Annual report of the Punjab Veterinary College and of the Civil Veterinary Department, Punjab - 1894-1908
Year: 1894
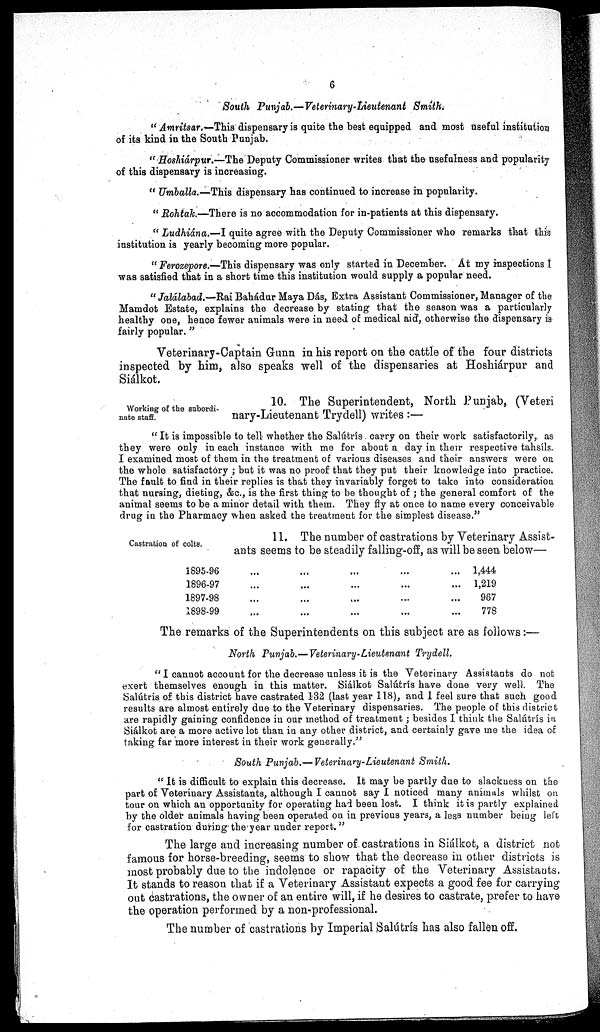
6
South Punjab.—Veterinary-Lieutenant Smith.
" Amritsar.—This dispensary is quite the best equipped and most useful institution
of its kind in the South Punjab.
" Hoshiárpur.—The Deputy Commissioner writes that the usefulness and popularity
of this dispensary is increasing.
" Umballa.—This dispensary has continued to increase in popularity.
" Rohtak.—There is no accommodation for in-patients at this dispensary.
" Ludhiána.—I quite agree with the Deputy Commissioner who remarks that this
institution is yearly becoming more popular.
"Ferozepore.—This dispensary was only started in December. At my inspections
was satisfied that in a short time this institution would supply a popular need.
"Jalálabad.—Rai Bahádur Maya Dás, Extra Assistant Commissioner, Manager of the
Mamdot Estate, explains the decrease by stating that the season was a particularly
healthy one, hence fewer animals were in need of medical aid, otherwise the dispensary is
fairly popular."
Veterinary-Captain Gunn in his report on the cattle of the four districts
inspected by him, also speaks well of the dispensaries at Hoshiárpur and
Siálkot.
Working of the subordi-
nate staff.
10. The Superintendent, North Punjab, (Veteri
nary-Lieutenant Trydell) writes :—
" It is impossible to tell whether the Salútrís carry on their work satisfactorily, as
they were only in each instance with me for about a day in their respective tahsils.
I examined most of them in the treatment of various diseases and their answers were on
the whole satisfactory; but it was no proof that they put their knowledge into practice.
The fault to find in their replies is that they invariably forget to take into consideration
that nursing, dieting, &c., is the first thing to be thought of ; the general comfort of the
animal seems to be a minor detail with them. They fly at once to name every conceivable
drug in the Pharmacy when asked the treatment for the simplest disease."
Castration of colts.
11. The number of castrations by Veterinary Assist-
ants seems to be steadily falling-off, as will be seen below—
1895-96
1896-97
1897-98
1898-99
...
...
...
....
...
...
...
...
...
...
...
...
...
...
...
...
...
...
...
1,444
1,219
967
778
The remarks of the Superintendents on this subject are as follows:—
North Punjab.—Veterinary-Lieutenant Trydell.
" I cannot account for the decrease unless it is the Veterinary Assistants do not
exert themselves enough in this matter. Siálkot Salútris have done very well. The
Salútris of this district have castrated 132 (last year 118), and I feel sure that such good
results are almost entirely due to the Veterinary dispensaries. The people of this district
are rapidly gaining confidence in our method of treatment; besides I think the Salútrís in
Siálkot are a more active lot than in any other district, and certainly gave me the idea of
taking far more interest in their work generally."
South Punjab.— Veterinary-Lieutenant
Smith.
" It is difficult to explain this decrease. It may be partly due to slackness on the
part of Veterinary Assistants, although I cannot say I noticed many animals whilst on
tour on which an opportunity for operating had been lost. I think it is partly explained
by the older animals having been operated on in previous years, a less number being left
for castration during the year under report."
The large and increasing number of castrations in Siálkot, a district not
famous for horse-breeding, seems to show that the decrease in other districts is
most probably due to the indolence or rapacity of the Veterinary Assistants.
It stands to reason that if a Veterinary Assistant expects a good fee for carrying
out castrations, the owner of an entire will, if he desires to castrate, prefer to have
the operation performed by a non-professional.
The number of castrations by Imperial Salútrís has also fallen off.